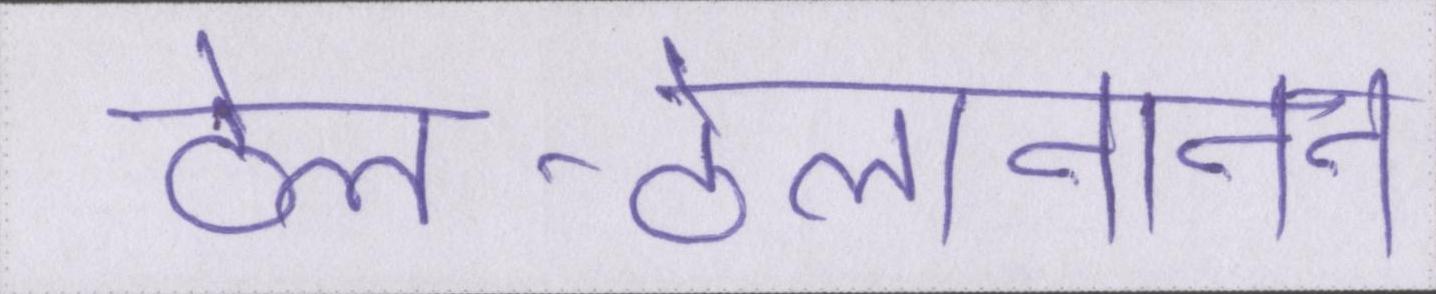
ठेल-ठेलानानन